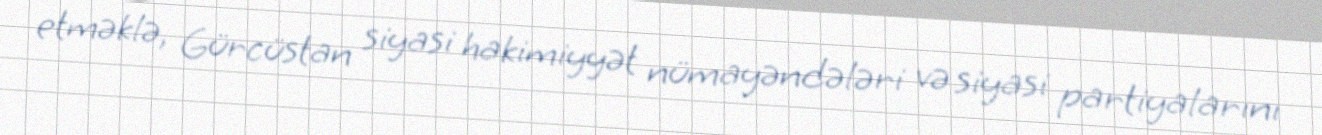
etməklə, Gürcüstan siyasi hakimiyyət nümayəndələri və siyasi partiyalarını